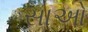
સાઓ